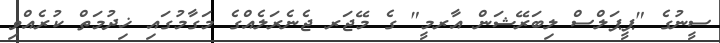
ސީނުގެ "ޕީޕަލްސް ލިބަރޭޝަން އާރމީ" ގެ މޭޖަރ ޖެނެރަލެއްގެ މަގާމުގައި ޚިދުމަތް ކުރެއްވި